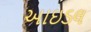
આઇડલ